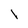
Character: i